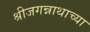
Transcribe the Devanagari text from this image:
श्रीजगन्नाथाच्या